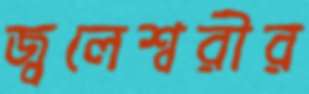
জ্বলেশ্বরীর